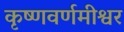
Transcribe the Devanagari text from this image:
कृष्णवर्णमीश्वर